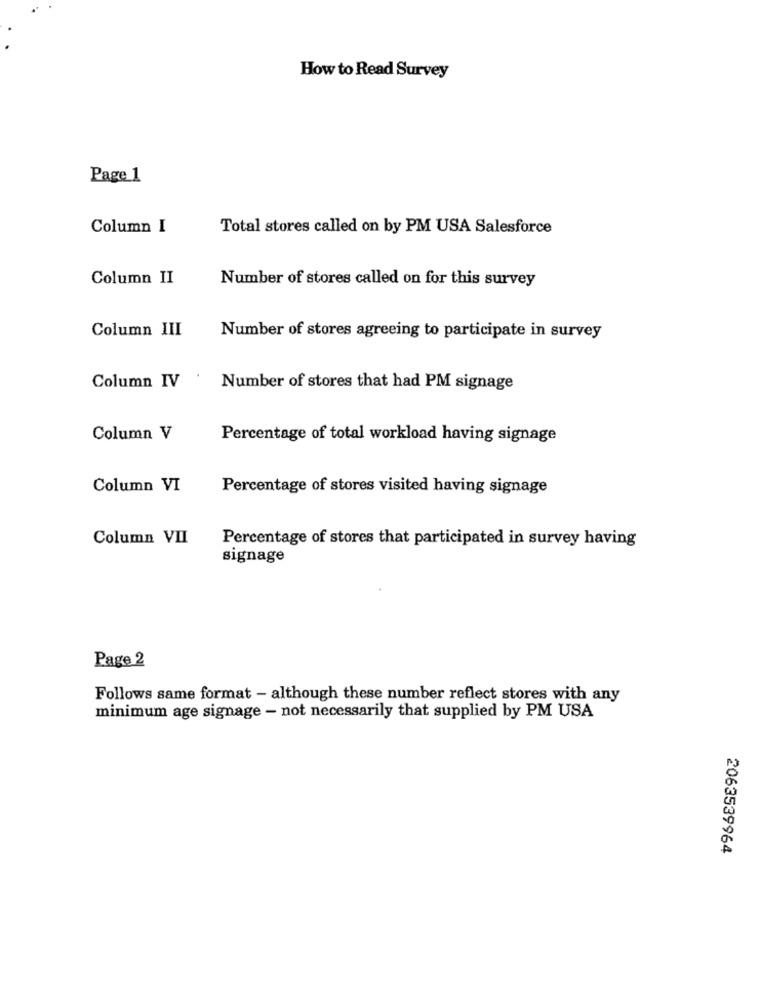
How to Read Survey
Page 1
Column I
Total stores called on by PM USA Salesforce
Column II
Number of stores called on for this survey
Column III
Number of stores agreeing to participate in survey
Column IV
Number of stores that had PM signage
Column V
Percentage of total workload having signage
Column VI
Percentage of stores visited having signage
Column VII
Percentage of stores that participated in survey having
signage
Page 2
Follows same format - although these number reflect stores with any
minimum age signage - not necessarily that supplied by PM USA
2063539964